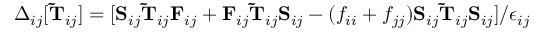
\Delta _ { i j } [ \mathbf { \widetilde { T } } _ { i j } ] = [ \mathbf { S } _ { i j } \mathbf { \widetilde { T } } _ { i j } \mathbf { F } _ { i j } + \mathbf { F } _ { i j } \mathbf { \widetilde { T } } _ { i j } \mathbf { S } _ { i j } - ( f _ { i i } + f _ { j j } ) \mathbf { S } _ { i j } \mathbf { \widetilde { T } } _ { i j } \mathbf { S } _ { i j } ] / \epsilon _ { i j }